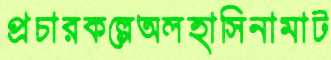
প্রচারকল্পেঅলহাসিনামাট